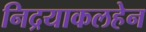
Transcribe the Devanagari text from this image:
निद्रयाकलहेन